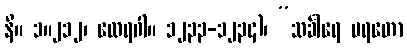
နိ။ ၁။၂၁၂၊ ထေရဂါ။ ၁၂၃၃-၁၂၃၄)၊ “သင်္ခါရေ ပရတော